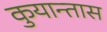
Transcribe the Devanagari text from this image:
कुयान्तास